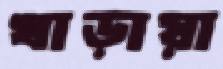
খাড়ায়া